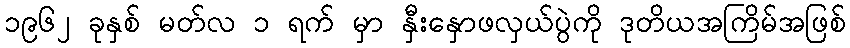
၁၉၆၂ ခုနှစ် မတ်လ ၁ ရက် မှာ နှီးနှောဖလှယ်ပွဲကို ဒုတိယအကြိမ်အဖြစ်